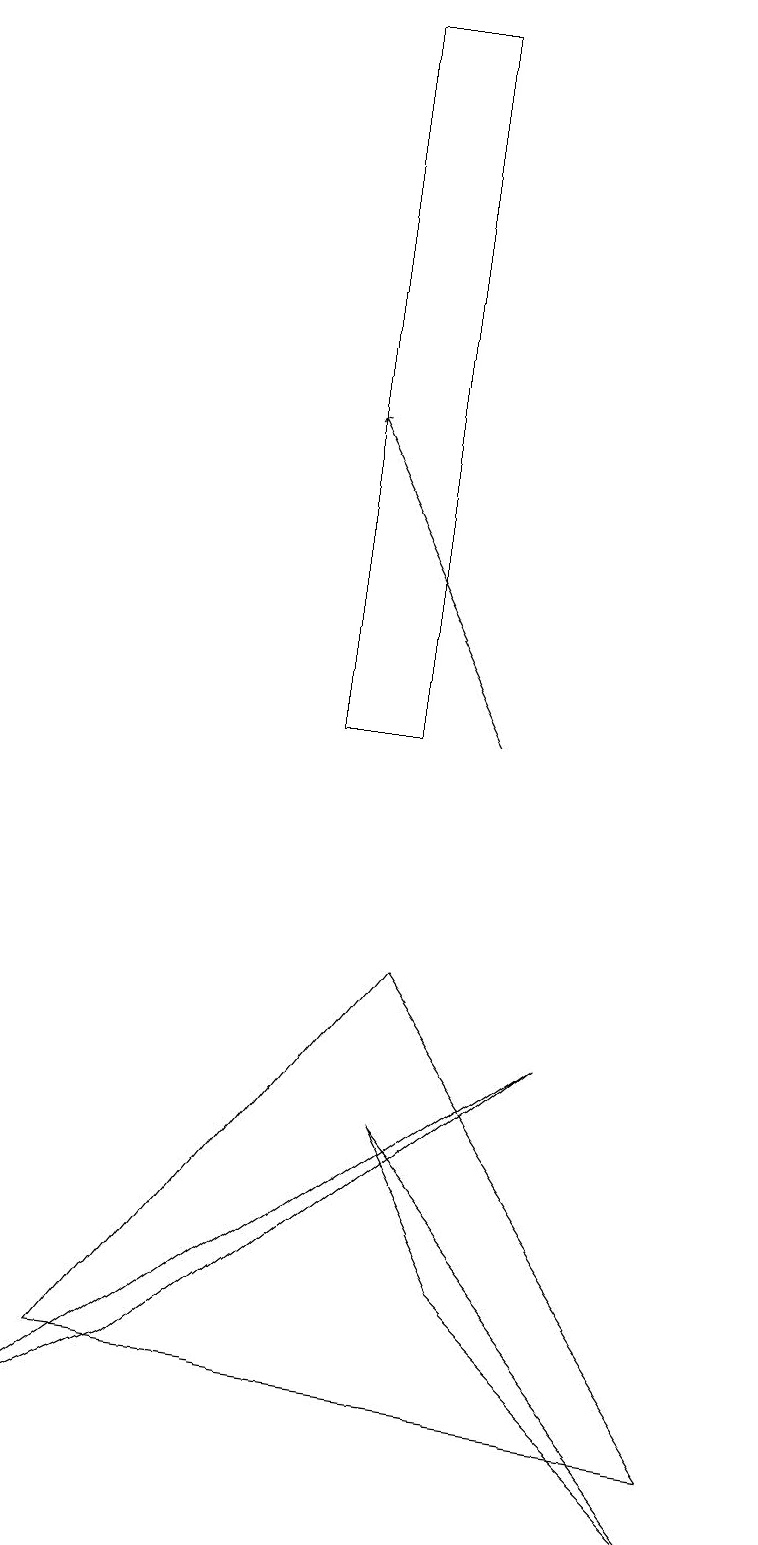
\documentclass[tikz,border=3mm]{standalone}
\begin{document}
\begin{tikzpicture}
\draw (5,7) -- (1,2) -- (9,1) -- cycle;
\draw (6,3) -- (9,0) -- (5,5) -- cycle;
\draw (0,1) -- (7,6) -- (2,2) -- cycle;
\draw[->] (6,10) -- (4,14);
\draw (5,10) rectangle (4,19);
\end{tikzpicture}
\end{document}